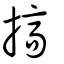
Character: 搞